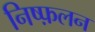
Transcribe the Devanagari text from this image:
निष्फ़लन